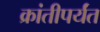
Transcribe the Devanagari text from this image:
क्रांतीपर्यंत